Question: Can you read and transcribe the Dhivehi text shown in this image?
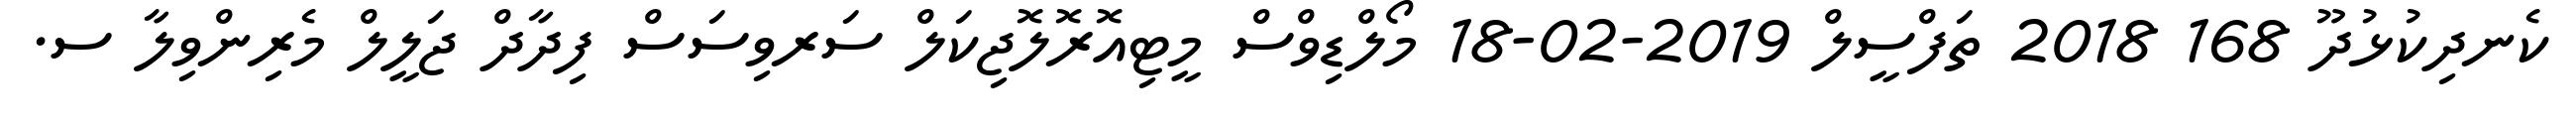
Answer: ކެނދިކުޅުދޫ 168 2018 ތަފްސީލް 2019-02-18 މޯލްޑިވްސް މީޓިއޮރޮލޮޖިކަލް ސަރވިސަސް ފިދާދް ޖަލީލް މެރިންވިލާ ސ.